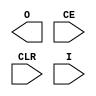
///////////////////////////////////////////////////////////////////////////////
// Copyright (c) 1995/2015 Xilinx, Inc.
// All Right Reserved.
///////////////////////////////////////////////////////////////////////////////
//   ____  ____
//  /   /\/   /
// /___/  \  /    Vendor : Xilinx
// \   \   \/     Version : 2015.4
//  \   \         Description : Xilinx Formal Library Component
//  /   /                  Regional Clock Buffer
// /___/   /\     Filename : BUFR.v
// \   \  /  \
//  \___\/\___\
//
///////////////////////////////////////////////////////////////////////////////
// Revision:
//    03/23/04 - Initial version.
// End Revision
///////////////////////////////////////////////////////////////////////////////

`timescale  1 ps / 1 ps

`celldefine

module BUFR (O, CE, CLR, I);

    output O;

    input CE;
    input CLR;
    input I;

    parameter BUFR_DIVIDE = "BYPASS";
    parameter SIM_DEVICE = "7SERIES";
    
`ifdef XIL_TIMING //Simprim

  parameter LOC = "UNPLACED";

`endif

endmodule

`endcelldefine